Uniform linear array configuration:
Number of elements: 24
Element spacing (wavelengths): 1
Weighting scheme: uniform
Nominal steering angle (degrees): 45
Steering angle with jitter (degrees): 43.442
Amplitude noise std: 0.05
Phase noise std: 0.05

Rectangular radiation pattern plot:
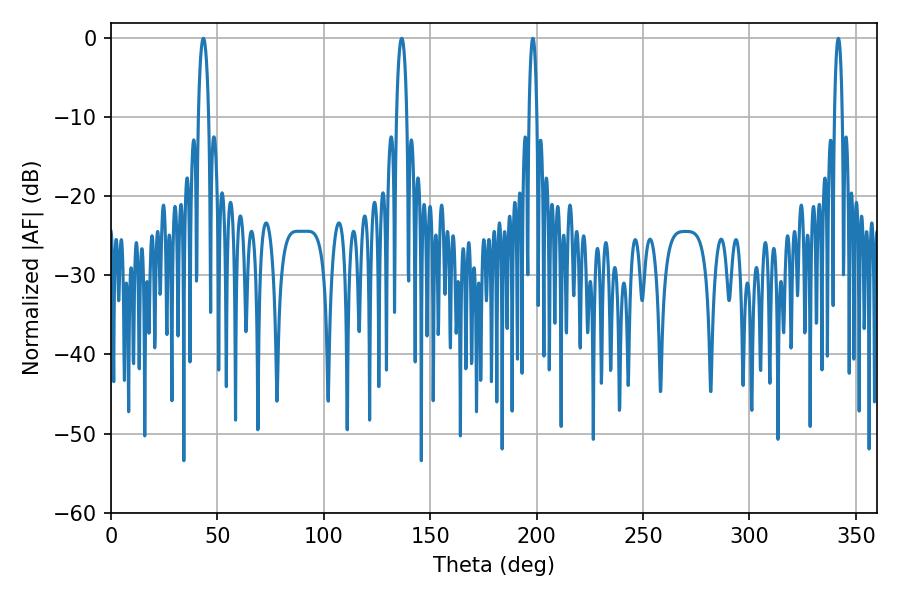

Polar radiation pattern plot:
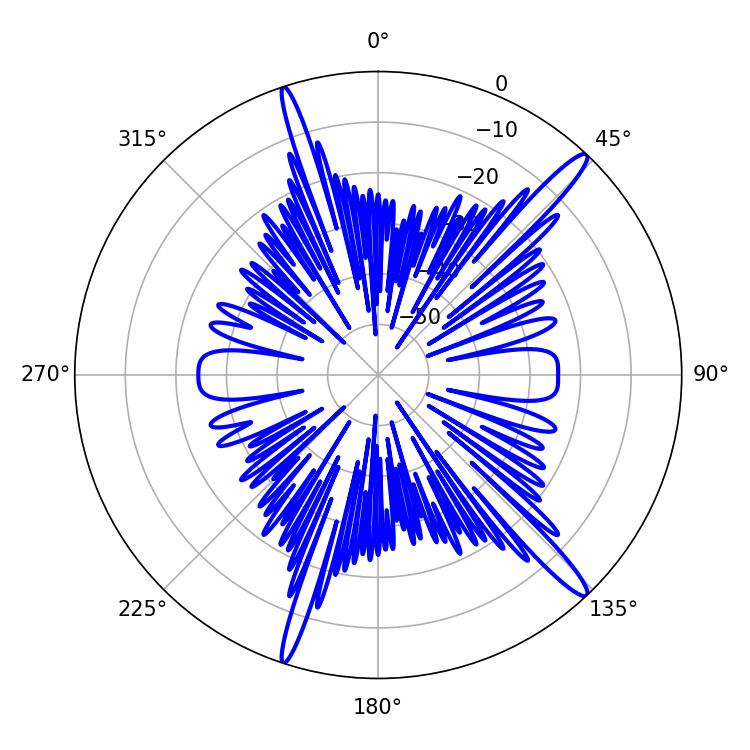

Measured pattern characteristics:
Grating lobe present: TRUE
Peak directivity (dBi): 15.98
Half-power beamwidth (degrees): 2.7
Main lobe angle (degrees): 43.38